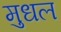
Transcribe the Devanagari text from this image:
मुधल